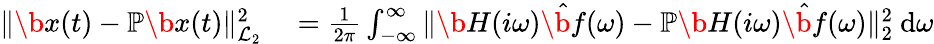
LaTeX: \begin{array}{rl}{\| \b{x}(t)-\mathbb{P}\b{x}(t)\| _{\mathcal{L}_{2}}^{2}}&{{}=\frac{1}{2\pi}\int_{-\infty}^{\infty}\| \b{H}(i\omega)\hat{\b{f}}(\omega)-\mathbb{P}\b{H}(i\omega)\hat{\b{f}}(\omega)\| _{2}^{2}~\mathrm{d}\omega}\end{array}